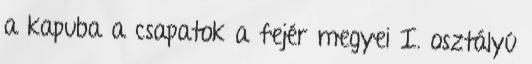
a kapuba a csapatok a fejér megyei I. osztályú